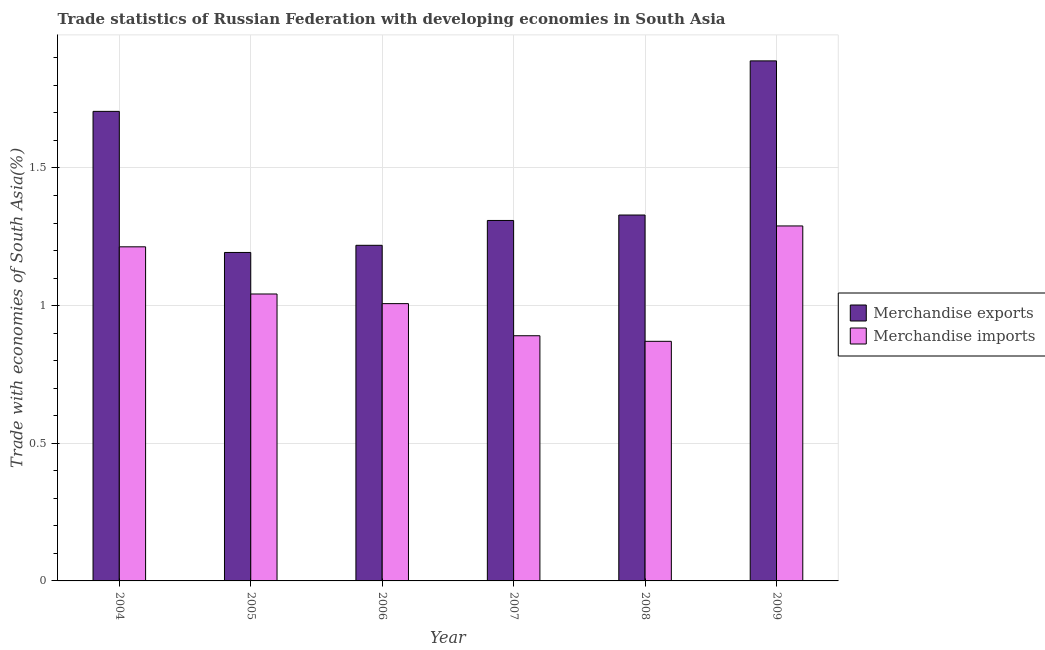
| Year | Merchandise exports | Merchandise imports |
 | --- | --- | --- |
 | 2004 | 1.71 | 1.21 |
 | 2005 | 1.19 | 1.04 |
 | 2006 | 1.22 | 1.01 |
 | 2007 | 1.31 | 0.891 |
 | 2008 | 1.33 | 0.87 |
 | 2009 | 1.89 | 1.29 |